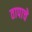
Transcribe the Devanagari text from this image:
तापाचे